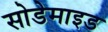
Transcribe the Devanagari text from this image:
सोडेमाइड